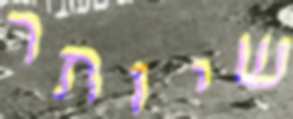
שיותר